65_HS1-834228961_62-HQ-83894_Section_10
Agency: FBI
Page 172
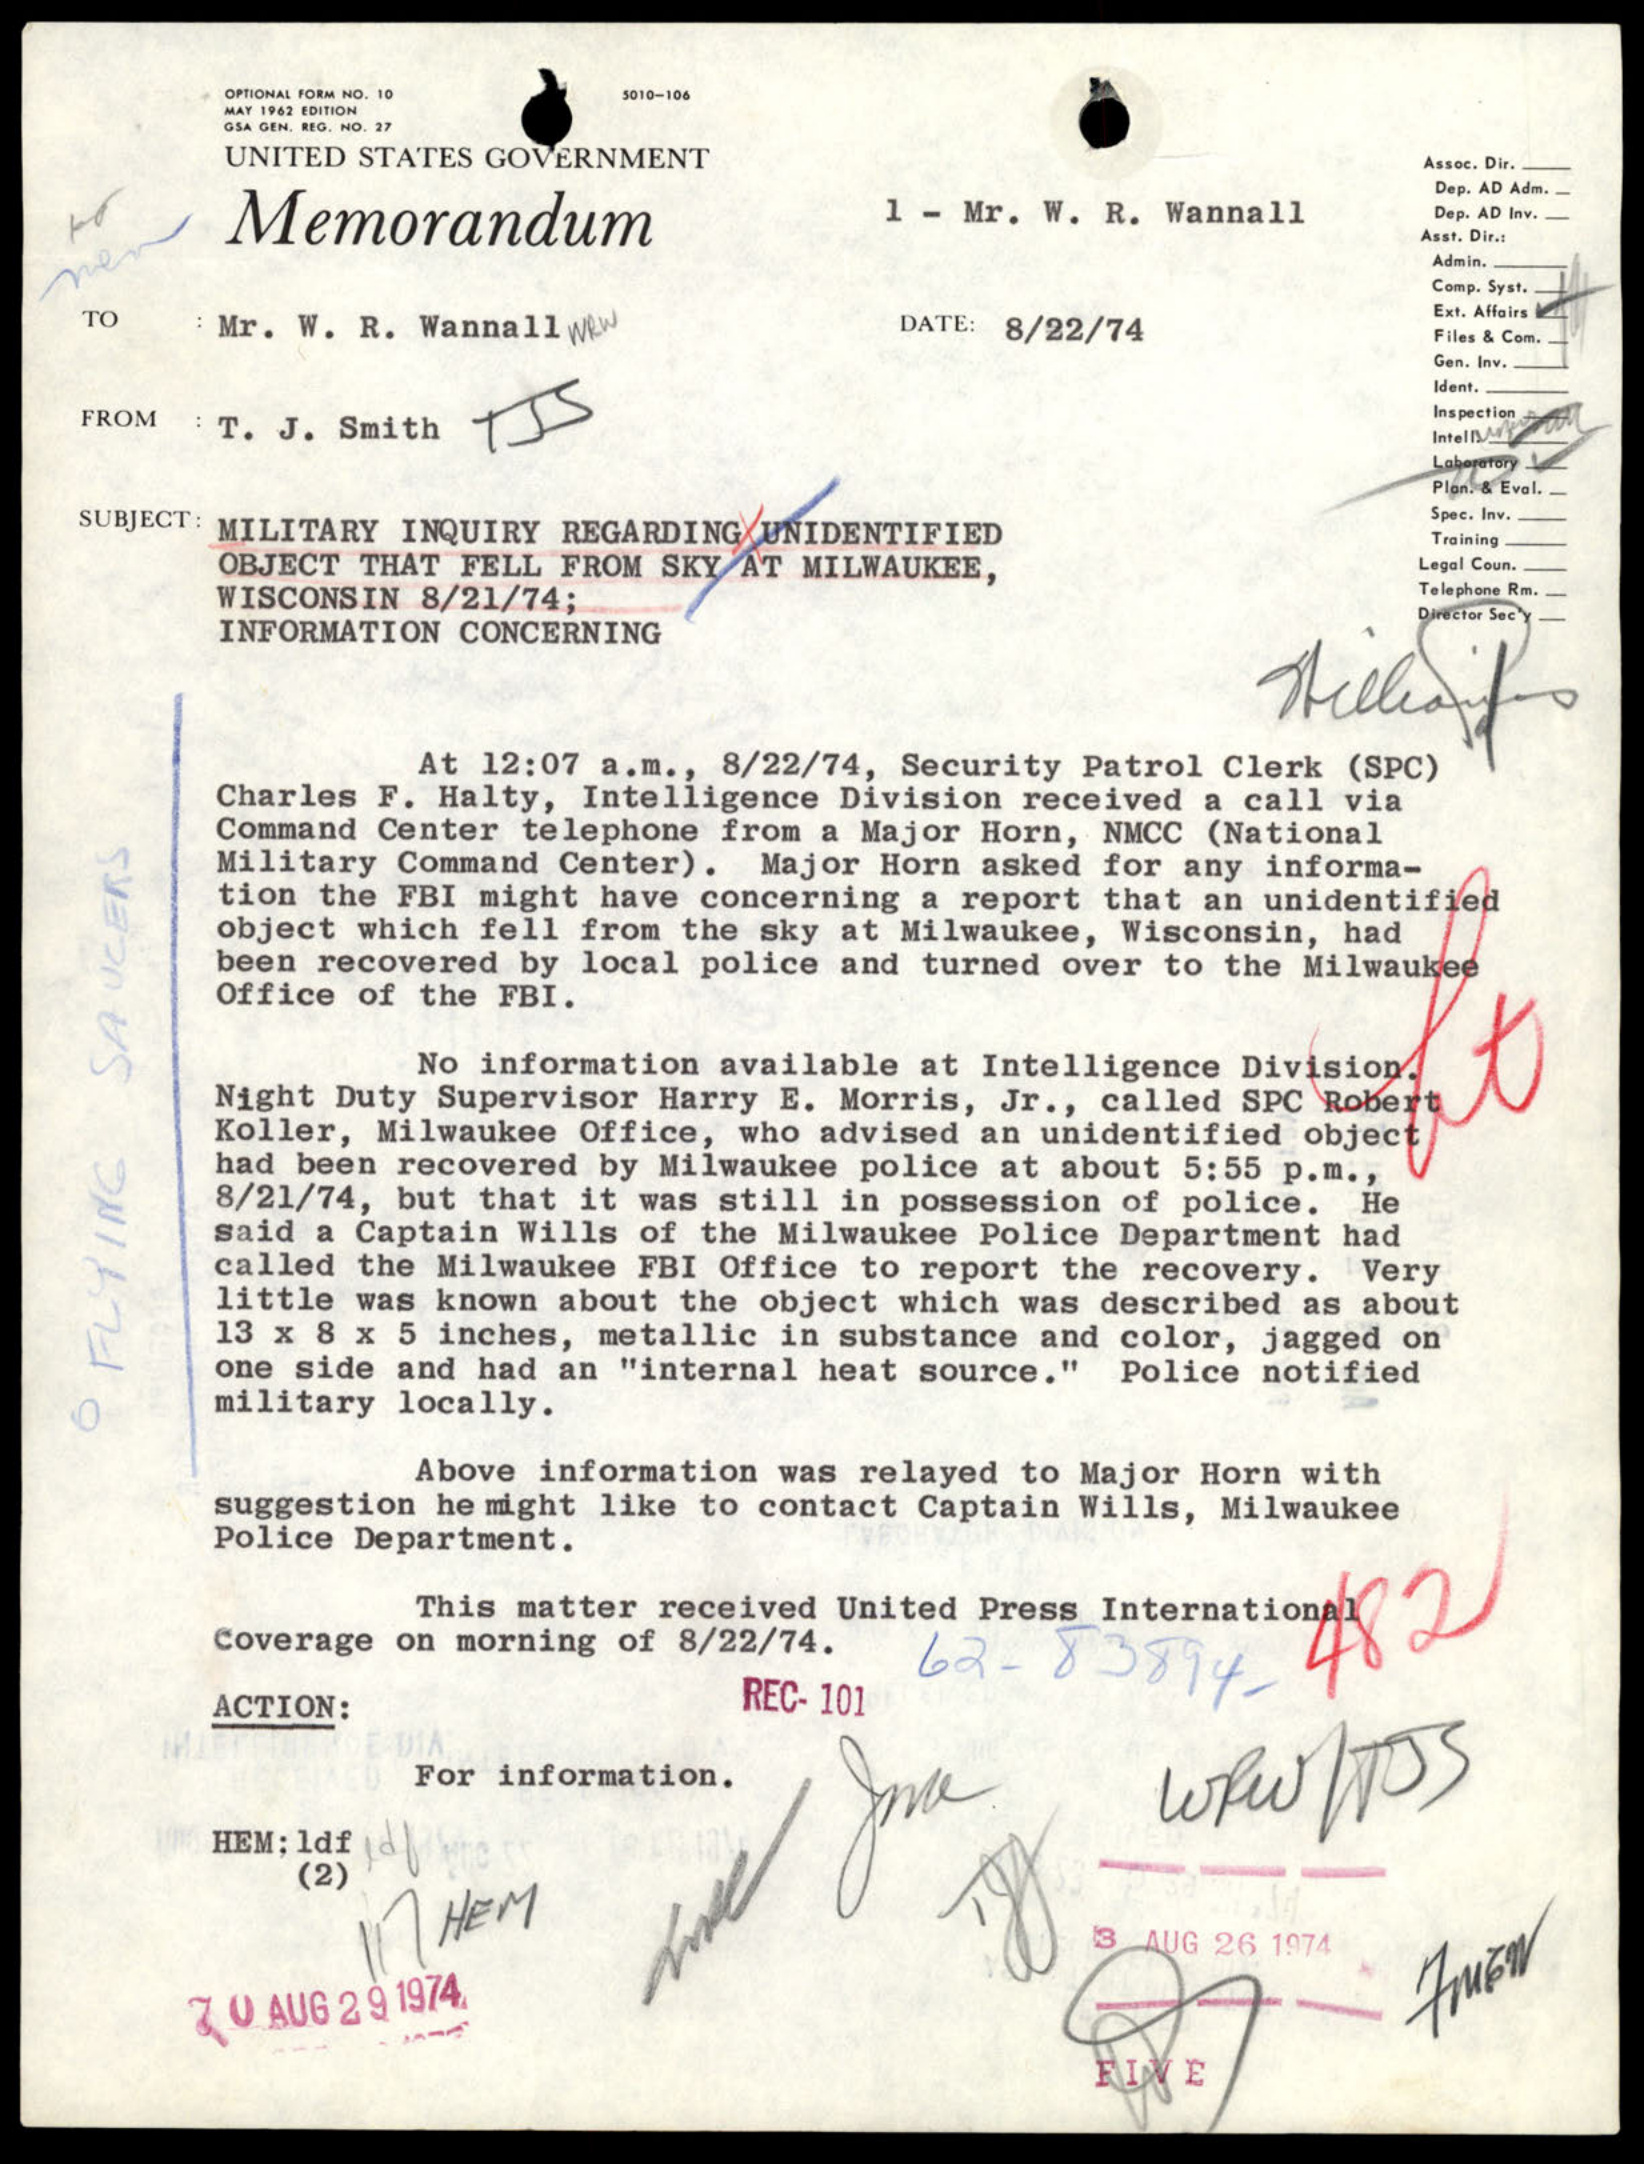